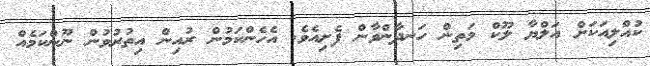
ކުއްލިއަކަށް އަލްޔާ ލޫކް މަތިން ހަނދާންވާން ފެށިއެވެ. އެހެންކަމުން ރުއިން އިތުރުވުން ނޫންކަމެއް